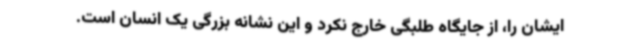
ایشان را، از جایگاه طلبگی خارج نکرد و این نشانه بزرگی یک انسان است.